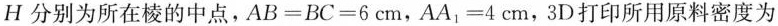
H分别为所在棱的中点，$$AB=BC=6cm$$，$$AA_{1}=4cm$$，3D打印所用原料密度为